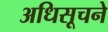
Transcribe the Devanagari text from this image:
अधिसूचने